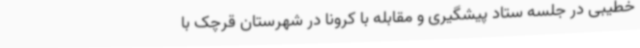
خطیبی ‌در جلسه ستاد پیشگیری و مقابله با کرونا در شهرستان قرچک با